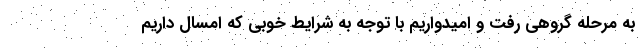
به مرحله گروهی رفت و امیدواریم با توجه به شرایط خوبی که امسال داریم